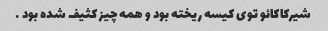
شیرکاکائو توی کیسه ریخته بود و همه چیز کثیف شده بود …